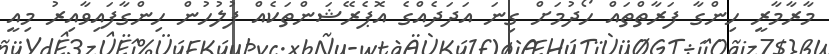
މާރާމާރީ ހިންގާ ފަރާތްތައް ހޯދުމަށް ގިނަ އަދަދެއްގެ އޮޕެރޭޝަންތަކެއް ފުލުހުން ހިންގާފައިވާއިރު މިއީ